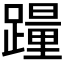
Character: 𰸮